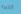
النبرة